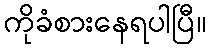
ကိုခံစားနေရပါပြီ။